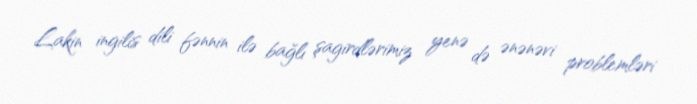
Lakin ingilis dili fənnin ilə bağlı şagirdlərimiz yenə də ənənəvi problemləri